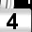
Digit: 4